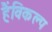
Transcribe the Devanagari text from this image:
हैंविकल्प